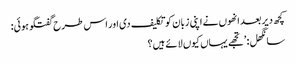
کچھ دیر بعد انھوں نے اپنی زبان کو تکلیف دی اور اس طرح گفتگو ہوئی:
سانگھل: ’تجھے یہاں کیوں لائے ہیں؟